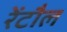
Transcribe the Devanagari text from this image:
रेंटौल